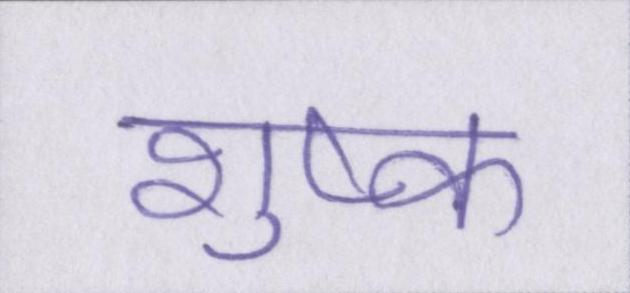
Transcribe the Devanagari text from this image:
शुष्क